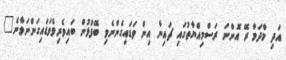
އަދި މާދަމާ ރޭ އޮންނަ ރަސްމިއްޔާތުގައި ޗައިނާ އިން ވަޑައިގެންނެވި ބޭފުޅުން ބައިވެރިވެވަޑައިގަންނަވާނެ"